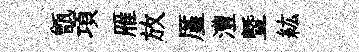
甑項雁放厪澧暨紘